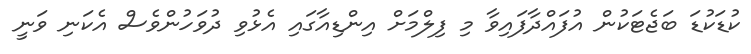
ކުޑަކުޑަ ބަޖެޓަކުން އުފައްދާފައިވާ މި ފިލްމަށް އިންޑިއާގައި އެޅުވި ދުވަހުންވެސް އެކަނި ވަނީ